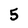
Character: 5